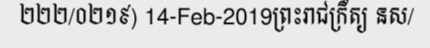
២២២/០២១៩) 14-Feb-2019ព្រះរាជក្រឹត្យ នស/